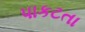
પાકટતા